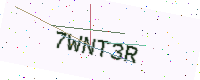
Text: 7WNT3R